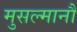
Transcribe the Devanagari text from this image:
मुसल्मानौं